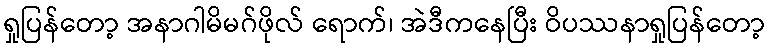
ရှုပြန်တော့ အနာဂါမိမဂ်ဖိုလ် ရောက်၊ အဲဒီကနေပြီး ဝိပဿနာရှုပြန်တော့